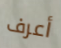
أعرف